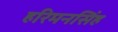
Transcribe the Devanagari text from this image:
हरिमनसिंह